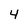
Character: 4